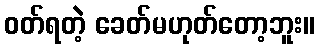
ဝတ်ရတဲ့ ခေတ်မဟုတ်တော့ဘူး။